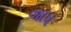
જાધ